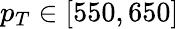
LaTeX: p_{T}\in[550,650]